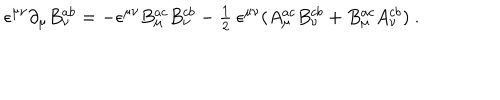
\epsilon ^ { \mu \nu } { \partial } _ { \mu } B _ { \nu } ^ { a b } = - \epsilon ^ { \mu \nu } B _ { \mu } ^ { a c } B _ { \nu } ^ { c b } - { \textstyle \frac 1 2 } ~ \epsilon ^ { \mu \nu } ( A _ { \mu } ^ { a c } B _ { \nu } ^ { c b } + B _ { \mu } ^ { a c } A _ { \nu } ^ { c b } ) ~ .